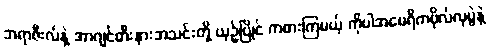
ဘရာဇီးလ်နဲ့ အာဂျင်တီးနားအသင်းတို့ ယှဉ်ပြိုင် ကစားကြမယ့် ကိုပါအမေရိကဗိုလ်လုပွဲနဲ့